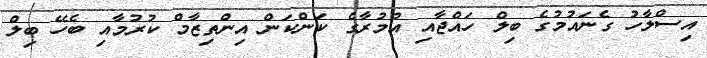
އިސްލާހު ގެނައުމުގެ ބިލް ހައްޖާއި އުމުރާގެ ކަންކަން އިންތިޒާމް ކުރުމާއި ބެހޭ ބިލް